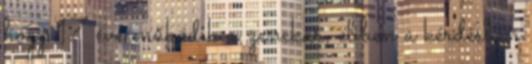
hogy 17 éve működik a zenekar, ebben a kérdésben